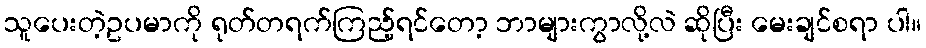
သူပေးတဲ့ဥပမာကို ရုတ်တရက်ကြည့်ရင်တော့ ဘာများကွာလို့လဲ ဆိုပြီး မေးချင်စရာ ပါ။